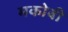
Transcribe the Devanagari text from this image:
मकोबी